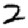
Digit: 2